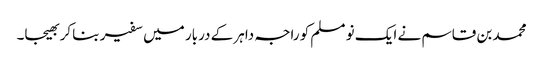
محمد بن قاسم نے ایک نو مسلم کو راجہ داہر کے دربار میں سفیر بنا کر بھیجا۔